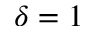
\delta = 1